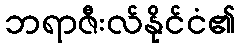
ဘရာဇီးလ်နိုင်ငံ၏